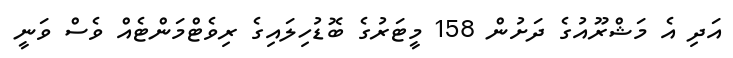
އަދި އެ މަޝްރޫއުގެ ދަށުން 158 މީޓަރުގެ ބޮޑުހިލައިގެ ރިވެޓްމަންޓެއް ވެސް ވަނީ